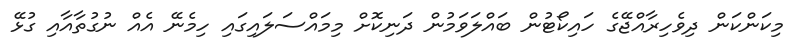
މިކަންކަން ދިވެހިރާއްޖޭގެ ހައިކޯޓުން ބައްލަވަމުން ދަނިކޮށް މިމައްސަލައިގައި ހިމެނޭ އެއް ނުގުތާއާއި ގުޅޭ